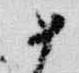
如